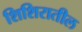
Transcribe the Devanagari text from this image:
शिशिरातील